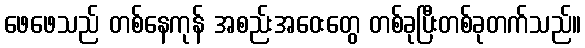
ဖေဖေသည် တစ်နေကုန် အစည်းအဝေးတွေ တစ်ခုပြီးတစ်ခုတက်သည်။